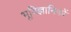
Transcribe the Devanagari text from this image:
भूविज्ञानिकों